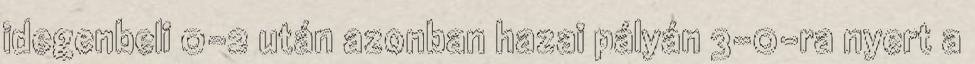
idegenbeli 0-2 után azonban hazai pályán 3-0-ra nyert a